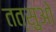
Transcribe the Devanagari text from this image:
तत्सुओ